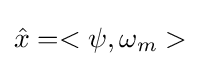
{\hat {x}}=<\psi ,\omega _{m}>